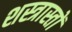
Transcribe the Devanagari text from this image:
शस्त्रास्तों